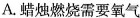
A.蜡烛燃烧需要氧气